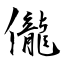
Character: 儱